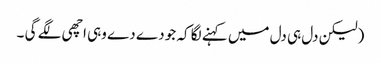
(لیکن دل ہی دل میں کہنے لگا کہ جو دے دے وہی اچھی لگے گی ۔